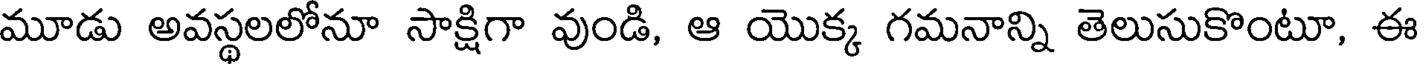
మూడు అవస్థలలోనూ సాక్షిగా వుండి, ఆ యొక్క గమనాన్ని తెలుసుకొంటూ, ఈ